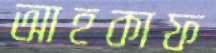
আহকাফ